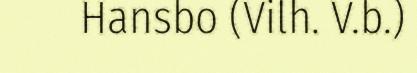
Hansbo (Vilh. V.b.)